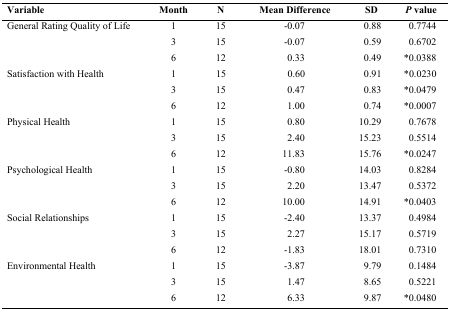
<table><thead><tr><td><b>Variable</b></td><td><b>Month</b></td><td><b>N</b></td><td><b>Mean Difference</b></td><td><b>SD</b></td><td><b><i>P</i> value</b></td></tr></thead><tbody><tr><td>General Rating Quality of Life</td><td>1</td><td>15</td><td>-0.07</td><td>0.88</td><td>0.7744</td></tr><tr><td></td><td>3</td><td>15</td><td>-0.07</td><td>0.59</td><td>0.6702</td></tr><tr><td></td><td>6</td><td>12</td><td>0.33</td><td>0.49</td><td>*0.0388</td></tr><tr><td>Satisfaction with Health</td><td>1</td><td>15</td><td>0.60</td><td>0.91</td><td>*0.0230</td></tr><tr><td></td><td>3</td><td>15</td><td>0.47</td><td>0.83</td><td>*0.0479</td></tr><tr><td></td><td>6</td><td>12</td><td>1.00</td><td>0.74</td><td>*0.0007</td></tr><tr><td>Physical Health</td><td>1</td><td>15</td><td>0.80</td><td>10.29</td><td>0.7678</td></tr><tr><td></td><td>3</td><td>15</td><td>2.40</td><td>15.23</td><td>0.5514</td></tr><tr><td></td><td>6</td><td>12</td><td>11.83</td><td>15.76</td><td>*0.0247</td></tr><tr><td>Psychological Health</td><td>1</td><td>15</td><td>-0.80</td><td>14.03</td><td>0.8284</td></tr><tr><td></td><td>3</td><td>15</td><td>2.20</td><td>13.47</td><td>0.5372</td></tr><tr><td></td><td>6</td><td>12</td><td>10.00</td><td>14.91</td><td>*0.0403</td></tr><tr><td>Social Relationships</td><td>1</td><td>15</td><td>-2.40</td><td>13.37</td><td>0.4984</td></tr><tr><td></td><td>3</td><td>15</td><td>2.27</td><td>15.17</td><td>0.5719</td></tr><tr><td></td><td>6</td><td>12</td><td>-1.83</td><td>18.01</td><td>0.7310</td></tr><tr><td>Environmental Health</td><td>1</td><td>15</td><td>-3.87</td><td>9.79</td><td>0.1484</td></tr><tr><td></td><td>3</td><td>15</td><td>1.47</td><td>8.65</td><td>0.5221</td></tr><tr><td></td><td>6</td><td>12</td><td>6.33</td><td>9.87</td><td>*0.0480</td></tr></tbody></table>